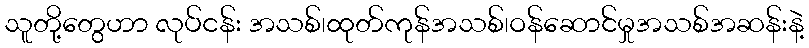
သူတို့တွေဟာ လုပ်ငန်း အသစ်၊ထုတ်ကုန်အသစ်၊ဝန်ဆောင်မှုအသစ်အဆန်းနဲ့